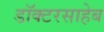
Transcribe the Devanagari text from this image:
डॉक्टरसाहेब